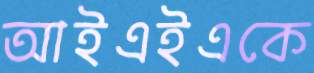
আইএইএকে